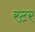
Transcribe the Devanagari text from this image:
रटर